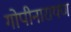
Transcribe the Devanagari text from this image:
गोपीनारायण